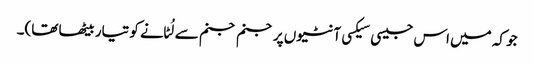
جو کہ میں اس جیسی سیکسی آنٹیوں پر جنم جنم سے لُٹانے کو تیار بیٹھا تھا)۔